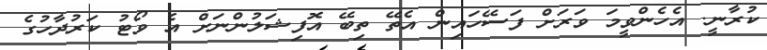
ކުރާނީ. އެހެންވީމަ ވަރަށް ފަސޭހައިން އެތޭ ތިބޭ އޮފިޝަލުންނަށް އެ ވޯޓު ކަރުދާހުގެ